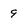
Character: 9